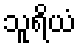
သူရိယံ